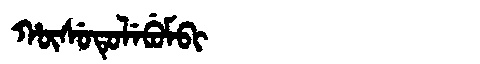
Manchu: ᡥᡡᠰᡠᡨᡠᠯᡝᠪᡠᠮᠪᡳ
Romanization: HŪSUTULEBUMBI